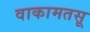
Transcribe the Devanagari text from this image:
वाकामतसू